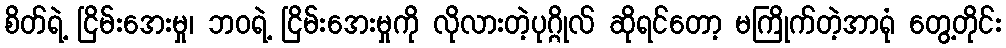
စိတ်ရဲ့ ငြိမ်းအေးမှု၊ ဘဝရဲ့ ငြိမ်းအေးမှုကို လိုလားတဲ့ပုဂ္ဂိုလ် ဆိုရင်တော့ မကြိုက်တဲ့အာရုံ တွေ့တိုင်း